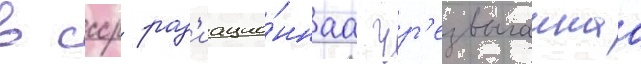
в ссср рад'иацио́ннаа чр'езвычаинаа